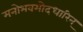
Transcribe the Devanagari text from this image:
मनोभवमोदधारिन्